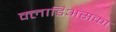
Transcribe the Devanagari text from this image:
क्लाडिअसका